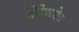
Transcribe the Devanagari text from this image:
सेवेमध्येच